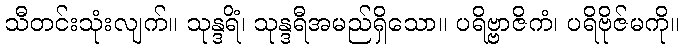
သီတင်းသုံးလျက်။ သုန္ဒရိံ၊ သုန္ဒရီအမည်ရှိသော။ ပရိဗ္ဗာဇိကံ၊ ပရိဗိုဇ်မကို။